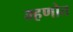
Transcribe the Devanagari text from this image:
म्हणोत